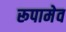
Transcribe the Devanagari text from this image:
रूपामेव